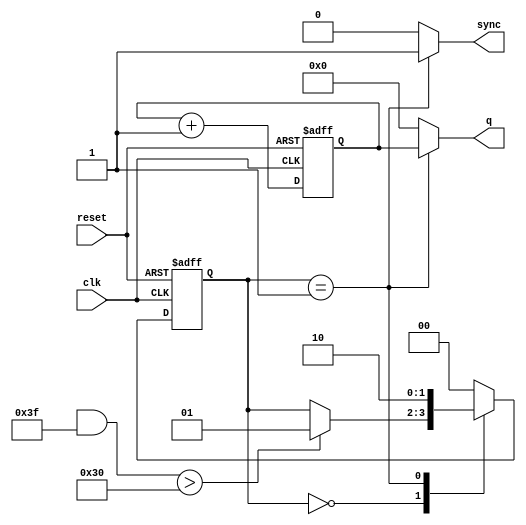
module writer( 
	       input wire 	 clk,
	       input wire 	 reset,
	       output wire [7:0] q,
	       output wire 	 sync);
   
   localparam Sidle = 0, S0 = 1, S1 = 2;
   
   reg [1:0] 			 state, state_next;
   reg [7:0] 			 d, d_next;
   
   always @(posedge clk, posedge reset)
     if (reset)
       begin
	  d <= 8'b0;
	  state <= Sidle;
       end
     else
       begin
	  d <= d_next;
	  state <= state_next;
       end
   
   reg syncvar;
   reg [7:0] qvar;
   
   assign q = qvar;
   assign sync = syncvar;
   
   always @(*)
     begin
	syncvar = 1'b0;
	qvar   = 8'b0;
	
	d_next = d + 1;
	state_next = state;
	
	case (state)
	  Sidle:
	    if (($random & 63) > 48)
	      state_next = S0;
	  
	  S0:
	    begin
	    syncvar = 1'b1;
	    qvar = d;
	    state_next = S1;
	    end
	  
	  S1:
	    begin
	    syncvar = 1'b0;
	    state_next = Sidle;
	    end
	  
	  default:
	    state_next = Sidle;
	endcase
	
     end
   
endmodule